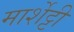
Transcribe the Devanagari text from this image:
मार्शेट्टी